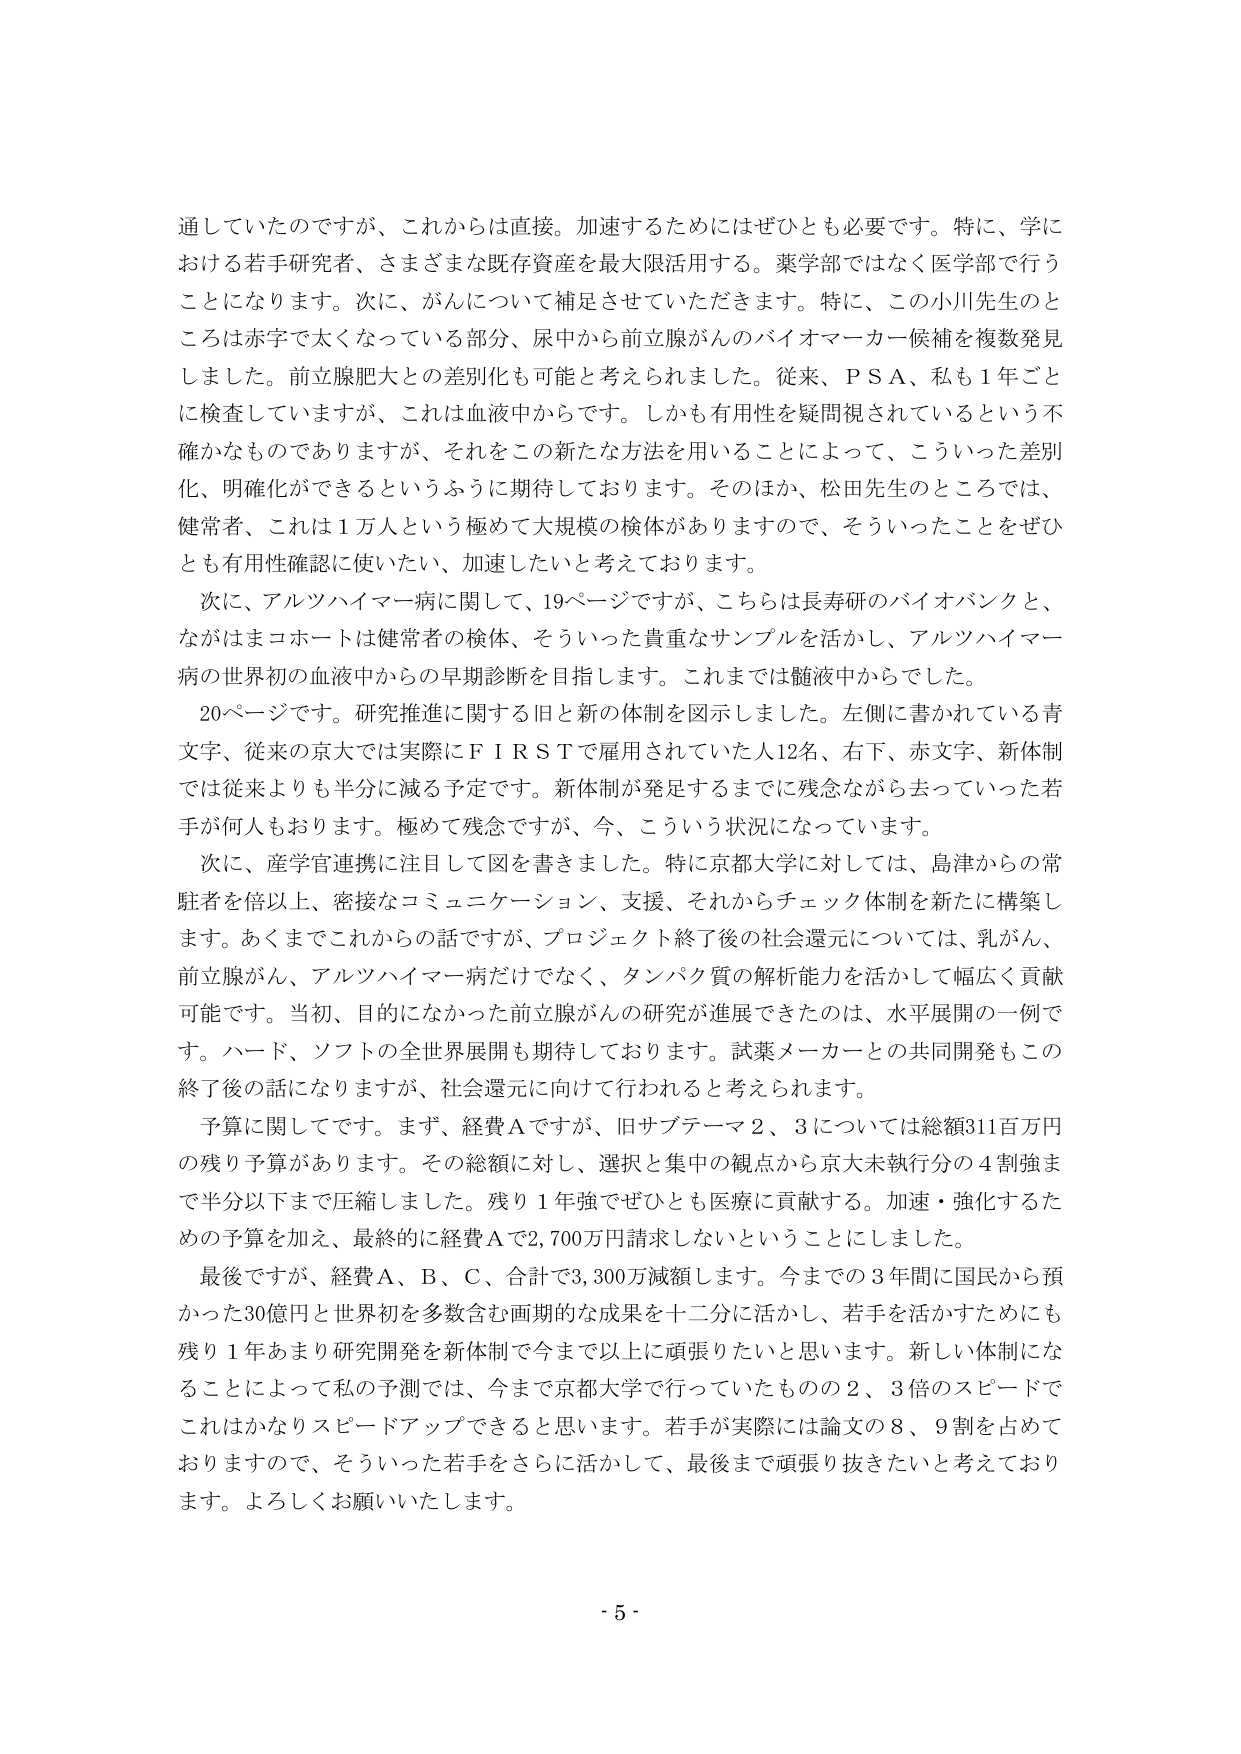
通していたのですが、これからは直接。加速するためにはぜひとも必要です。特に、学における若手研究者、さまざまな既存資産を最大限活用する。薬学部ではなく医学部で行うことになります。次に、がんについて補足させていただきます。特に、この小川先生のところは赤字で太くなっている部分、尿中から前立腺がんのバイオマーカー候補を複数発見しました。前立腺肥大との差別化も可能と考えられました。従来、ＰＳＡ、私も１年ごとに検査していますが、これは血液中からです。しかも有用性を疑問視されているという不確かなものでありますが、それをこの新たな方法を用いることによって、こういった差別化、明確化ができるというふうに期待しております。そのほか、松田先生のところでは、健常者、これは１万人という極めて大規模の検体がありますので、そういったことをぜひとも有用性確認に使いたい、加速したいと考えております。

次に、アルツハイマー病に関して、19ページですが、こちらは長寿研のバイオバンクと、ながはまコホートは健常者の検体、そういった貴重なサンプルを活かし、アルツハイマー病の世界初の血液中からの早期診断を目指します。これまでは髄液中からでした。

20ページです。研究推進に関する旧と新的体制を図示しました。左側に書かれている青文字、従来の京大では実際にＦＩＲＳＴで雇用されていた人12名、右下、赤文字、新体制では従来よりも半分に減る予定です。新体制が発足するまでに残念ながら去っていった若手が何人もおります。極めて残念ですが、今、こういう状況になっています。

次に、産学官連携に注目して図を書きました。特に京都大学に対しては、島津からの常駐者を倍以上、密接なコミュニケーション、支援、それからチェック体制を新たに構築します。あくまでこれからの話ですが、プロジェクト終了後の社会還元については、乳がん、前立腺がん、アルツハイマー病だけでなく、タンパク質の解析能力を活かして幅広く貢献可能です。当初、目的になかった前立腺がんの研究が進展できたのは、水平展開の一例です。ハード、ソフトの全世界展開も期待しております。試薬メーカーとの共同開発もこの終了後の話になりますが、社会還元に向けて行われると考えられます。

予算に関してです。まず、経費Ａですが、旧サブテーマ２、３については総額311百万円の残り予算があります。その総額に対し、選択と集中の観点から京大未執行分の４割強まで半分以下まで圧縮しました。残り１年強でぜひとも医療に貢献する。加速・強化するための予算を加え、最終的に経費Ａで2,700万円請求しないということにしました。

最後ですが、経費Ａ、Ｂ、Ｃ、合計で3,300万減額します。今までの3年間に国民から預かった30億円と世界初を多数含む画期的な成果を十二分に活かし、若手を活かすためにも残り１年あまり研究開発を新体制で今まで以上に頑張りたいと思います。新しい体制になることによって私の予測では、今まで京都大学で行っていたものの2、3倍のスピードでこれはかなりスピードアップできると思います。若手が実際には論文の8、9割を占めておりますので、そういった若手をさらに活かして、最後まで頑張り抜きたいと考えております。よろしくお願いいたします。

- 5 -